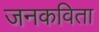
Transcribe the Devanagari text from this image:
जनकविता